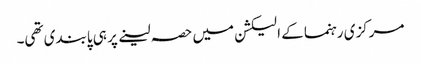
مرکزی رہنما کے الیکشن میں حصہ لینے پر ہی پابندی تھی۔